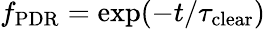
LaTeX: f_{\mathrm{PDR}}=\exp(-t/\tau_{\mathrm{clear}})